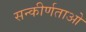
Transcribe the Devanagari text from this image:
सन्कीर्णताओ